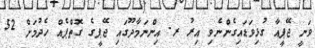
ވަނީ ޖޭޕީއާ ގުޅިވަޑައިގެންނެވި އިރު ރ. އިންނަމާދޫގައި ޖޭޕީގެ ގޮތްޕެއް ހެދުމަށް 52